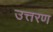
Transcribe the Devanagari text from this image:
उत्तरण